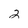
Character: 2